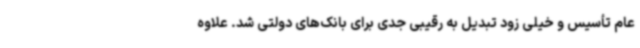
عام تأسیس و خیلی زود تبدیل به رقیبی جدی برای بانک‌های دولتی شد. علاوه